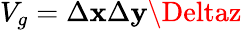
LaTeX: V_{g}=\Delta\mathbf{x}\Delta\mathbf{y}\Deltaz